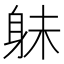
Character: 𮷔